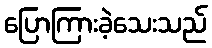
ပြောကြားခဲ့သေးသည်